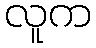
လူက